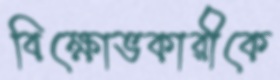
বিক্ষোভকারীকে